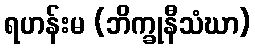
ရဟန်းမ (ဘိက္ခုနီသံဃာ)